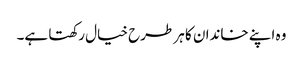
وہ اپنے خاندان کا ہر طرح خیال رکھتا ہے۔